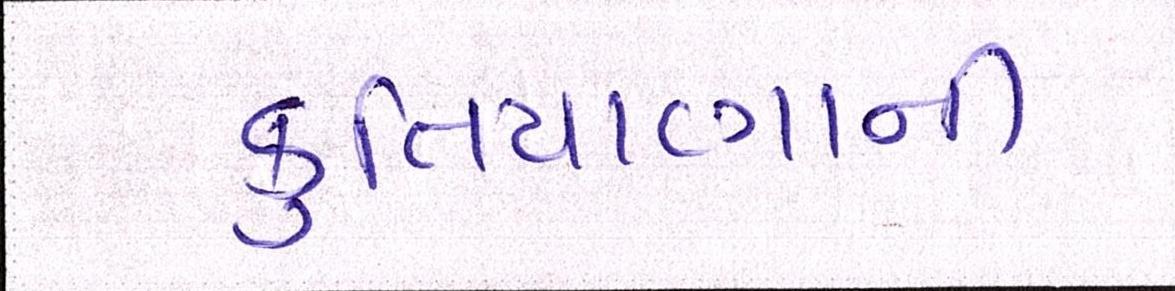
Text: કુતિયાણાની